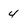
Character: 4